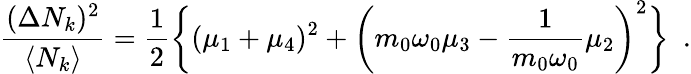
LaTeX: {\frac{(\Delta N_{k})^{2}}{\langle N_{k}\rangle}}={\frac{1}{2}}\biggl\{ (\mu_{1}+\mu_{4})^{2}+\biggl(m_{0}\omega_{0}\mu_{3}-{\frac{1}{m_{0}\omega_{0}}}\mu_{2}\biggr)^{2}\biggr\} \ \ .